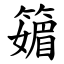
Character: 䉋